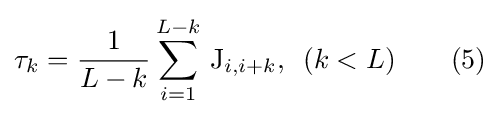
\tau _{k}={\frac {1}{L-k}}\sum _{i=1}^{L-k}\,\mathrm {J} _{i,i+k},\,\,\,(k<L)\qquad {\text{(5)}}